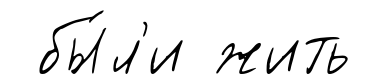
бы́л'и жить